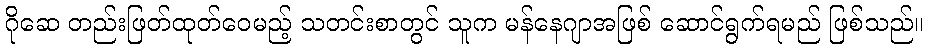
ဂိုဆေ တည်းဖြတ်ထုတ်ဝေမည့် သတင်းစာတွင် သူက မန်နေဂျာအဖြစ် ဆောင်ရွက်ရမည် ဖြစ်သည်။